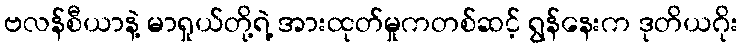
ဗလန်စီယာနဲ့ မာရှုယ်တို့ရဲ့ အားထုတ်မှုကတစ်ဆင့် ရွန်နေးက ဒုတိယဂိုး